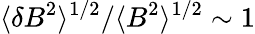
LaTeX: \langle\delta B^{2}\rangle^{1/2}/\langle B^{2}\rangle^{1/2}\sim 1